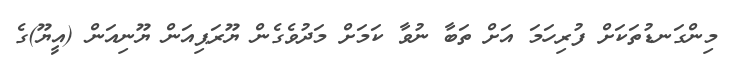
މިންގަނޑުތަކަށް ފުރިހަމަ އަށް ތަބާ ނުވާ ކަމަށް މަދުވެގެން ޔޫރަޕިއަން ޔޫނިއަން (އީޔޫ)ގެ